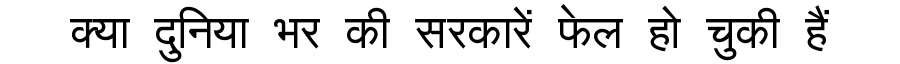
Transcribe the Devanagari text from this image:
क्या दुनिया भर की सरकारें फेल हो चुकी हैं